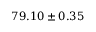
7 9 . 1 0 \pm 0 . 3 5